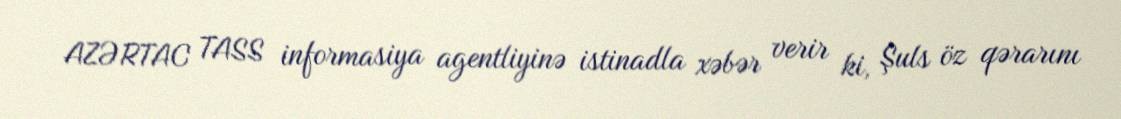
AZƏRTAC TASS informasiya agentliyinə istinadla xəbər verir ki, Şuls öz qərarını